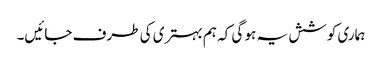
ہماری کوشش یہ ہو گی کہ ہم بہتری کی طرف جائیں۔